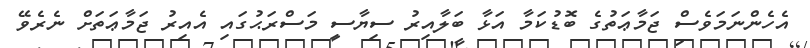
އެހެންނަމަވެސް ޖަމާޢަތުގެ ބޮޑުކަމާ އަޅާ ބަލާއިރު ސިޔާސީ މަސްރަޙުގައި އެއިރު ޖަމާޢަތަށް ނެރެވޭ